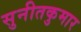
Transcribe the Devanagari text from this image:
सुनीतकुमार